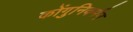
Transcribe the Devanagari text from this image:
कोंगुनिवर्मन